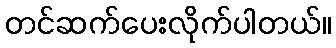
တင်ဆက်ပေးလိုက်ပါတယ်။